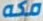
مكه